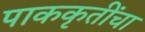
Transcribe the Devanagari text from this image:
पाककृतींचा